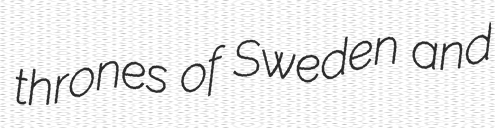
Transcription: thrones of Sweden and